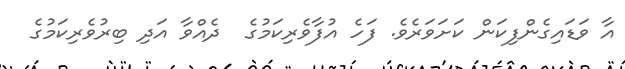
އާ ވަޑައިގެންފިކަން ކަށަވަރެވެ. ފަހެ އުފާވެރިކަމުގެ  ދެއްވާ އަދި ބިރުވެރިކަމުގެ